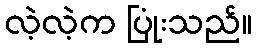
လဲ့လဲ့က ပြုံးသည်။